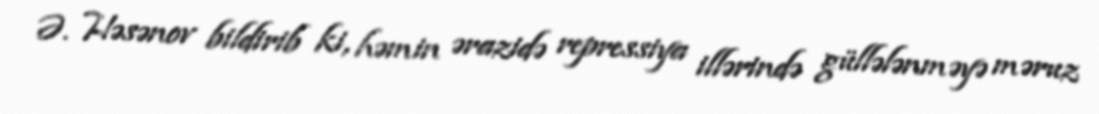
Ə. Həsənov bildirib ki, həmin ərazidə repressiya illərində güllələnməyə məruz